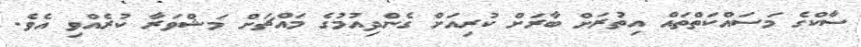
ސާކްގެ މަސައްކަތްތައް އިތުރަށް ބާރަށް ކުރިއަށް ގެންދިއުމުގެ މައްޗަށް މަޝްވަރާ ކުރެއްވި އެވެ.